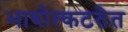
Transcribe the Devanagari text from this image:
भावोत्कटतेत